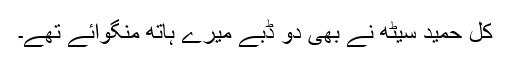
کل حمید سیٹھ نے بھی دو ڈبے میرے ہاتھ منگوائے تھے۔